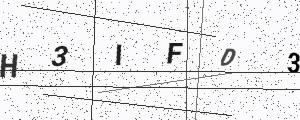
Text: H3IFD3